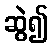
ဆွဲ၍